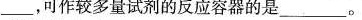
___可作较多量试剂的反应容器的是___。